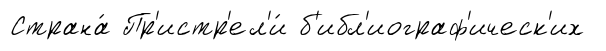
Страна́ Пр'истр'ел'и́ б'ибл'иограф'ическ'их